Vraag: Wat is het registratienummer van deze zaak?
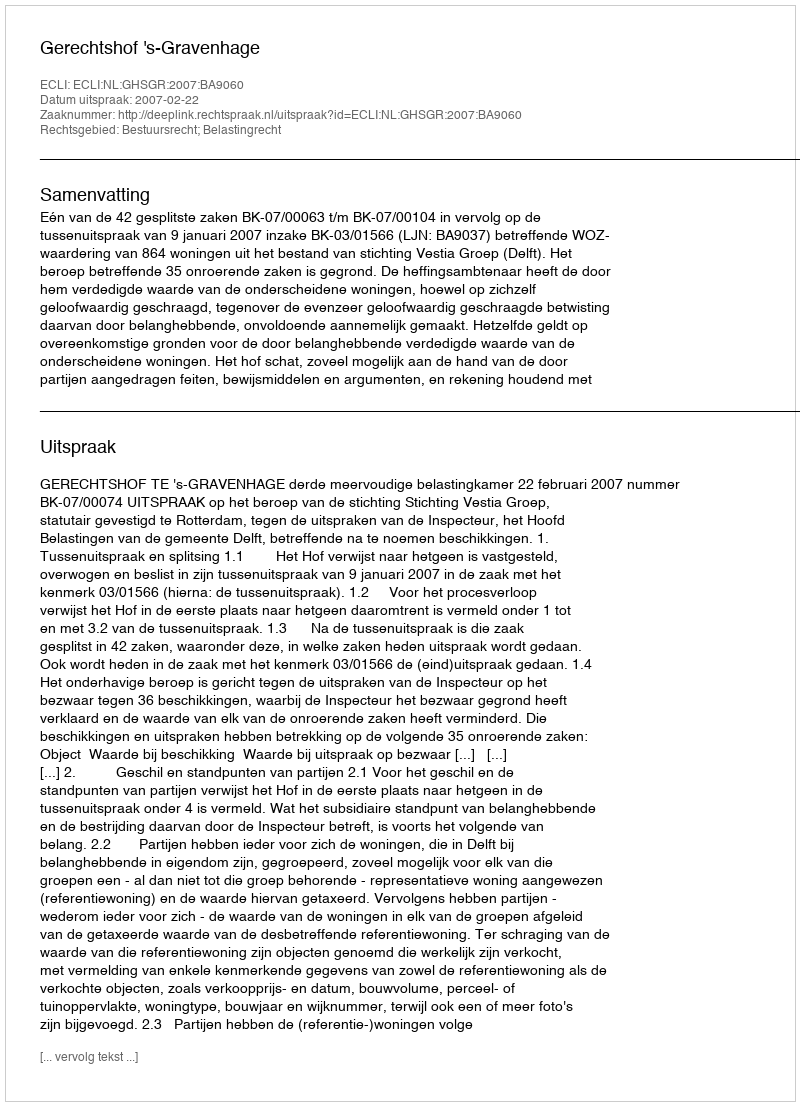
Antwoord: http://deeplink.rechtspraak.nl/uitspraak?id=ECLI:NL:GHSGR:2007:BA9060